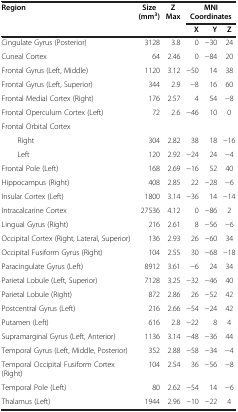
| <ROWSPAN=2> Region | <ROWSPAN=2> Size (mm3) | <ROWSPAN=2> Z Max | <COLSPAN=3> MNI Coordinates |
 | X | Y | Z |
 | --- | --- | --- | --- | --- | --- |
 | Cingulate Gyrus (Posterior) | 3128 | 3.8 | 0 | −30 | 24 |
 | Cuneal Cortex | 64 | 2.46 | 0 | −84 | 20 |
 | Frontal Gyrus (Left, Middle) | 1120 | 3.12 | −50 | 14 | 38 |
 | Frontal Gyrus (Left, Superior) | 344 | 2.9 | −8 | 16 | 60 |
 | Frontal Medial Cortex (Right) | 176 | 2.57 | 4 | 54 | −8 |
 | Frontal Operculum Cortex (Left) | 72 | 2.6 | −46 | 10 | 0 |
 | Frontal Orbital Cortex |  |  |  |  |  |
 | Right | 304 | 2.82 | 38 | 18 | −16 |
 | Left | 120 | 2.92 | −24 | 24 | −4 |
 | Frontal Pole (Left) | 168 | 2.69 | −16 | 52 | 40 |
 | Hippocampus (Right) | 408 | 2.85 | 22 | −28 | −6 |
 | Insular Cortex (Left) | 1800 | 3.14 | −36 | 14 | −14 |
 | Intracalcarine Cortex | 27536 | 4.12 | 0 | −86 | 2 |
 | Lingual Gyrus (Right) | 216 | 2.61 | 8 | −56 | −6 |
 | Occipital Cortex (Right, Lateral, Superior) | 136 | 2.93 | 26 | −60 | 34 |
 | Occipital Fusiform Gyrus (Right) | 104 | 2.55 | 30 | −68 | −18 |
 | Paracingulate Gyrus (Left) | 8912 | 3.61 | −6 | 24 | 34 |
 | Parietal Lobule (Left, Superior) | 7128 | 3.25 | −32 | −46 | 40 |
 | Parietal Lobule (Right) | 872 | 2.86 | 26 | −52 | 42 |
 | Postcentral Gyrus (Left) | 216 | 2.66 | −54 | −24 | 42 |
 | Putamen (Left) | 616 | 2.8 | −22 | 8 | 4 |
 | Supramarginal Gyrus (Left, Anterior) | 1136 | 3.14 | −48 | −36 | 44 |
 | Temporal Gyrus (Left, Middle, Posterior) | 352 | 2.88 | −58 | −34 | −4 |
 | Temporal Occipital Fusiform Cortex (Right) | 104 | 2.54 | 36 | −56 | −8 |
 | Temporal Pole (Left) | 80 | 2.62 | −54 | 14 | −6 |
 | Thalamus (Left) | 1944 | 2.96 | −10 | −22 | 4 |